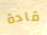
قادة